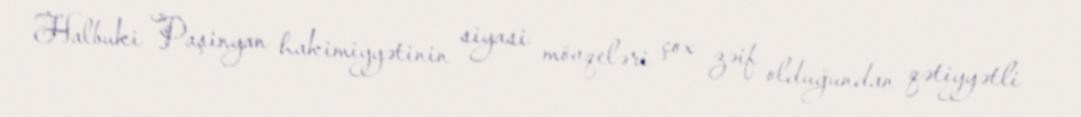
Halbuki Paşinyan hakimiyyətinin siyasi mövqeləri çox zəif olduğundan qətiyyətli